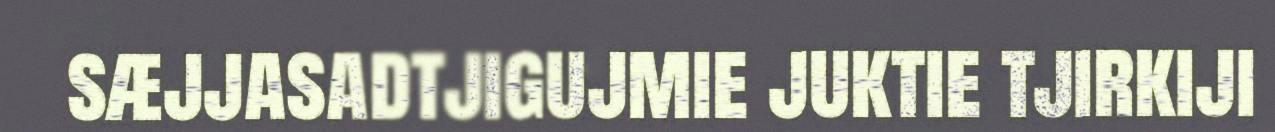
sæjjasadtjigujmie juktie tjirkiji